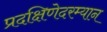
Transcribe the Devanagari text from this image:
प्रदक्षिणेदरम्यान